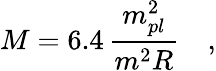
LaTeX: M=6.4\, \frac{m_{pl}^{2}}{m^{2}R}\quad,